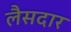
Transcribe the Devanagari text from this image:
लैसदार